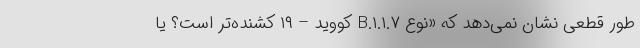
طور قطعی نشان نمی‌دهد که «نوع B.۱.۱.۷ کووید – ۱۹ کشنده‌تر است؟ یا